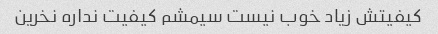
کیفیتش زیاد خوب نیست سیمشم کیفیت نداره نخرین